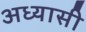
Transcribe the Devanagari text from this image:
अध्यासी